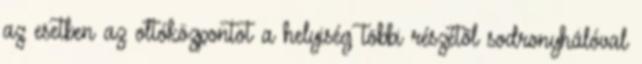
az esetben az oltóközpontot a helyiség többi részétõl sodronyhálóval